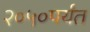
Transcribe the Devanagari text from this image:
२०५०पर्यंत